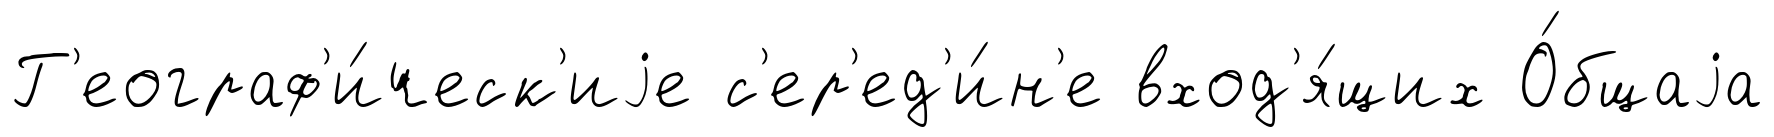
Г'еограф'и́ческ'иjе с'ер'ед'и́н'е вход'я́щих О́бщаjа